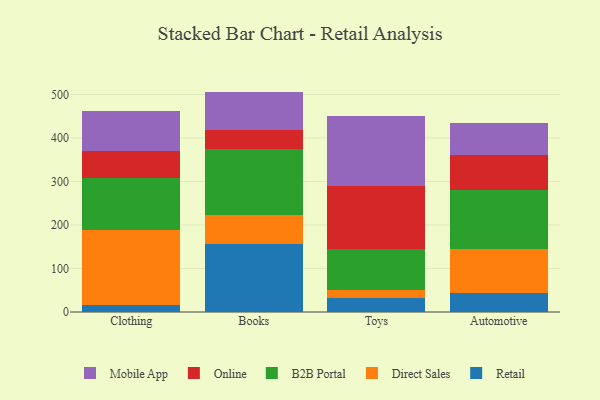
{"axis": {"x": "Category", "y": "Bounce Rate (%)"}, "legend": ["B2B Portal", "Direct Sales", "Mobile App", "Online", "Retail"], "data": [{"x": "Clothing", "y": 16.8, "type": "Retail"}, {"x": "Clothing", "y": 171.8, "type": "Direct Sales"}, {"x": "Clothing", "y": 120.2, "type": "B2B Portal"}, {"x": "Clothing", "y": 60.9, "type": "Online"}, {"x": "Clothing", "y": 93.3, "type": "Mobile App"}, {"x": "Books", "y": 155.8, "type": "Retail"}, {"x": "Books", "y": 68.1, "type": "Direct Sales"}, {"x": "Books", "y": 149.7, "type": "B2B Portal"}, {"x": "Books", "y": 44.6, "type": "Online"}, {"x": "Books", "y": 88.5, "type": "Mobile App"}, {"x": "Toys", "y": 33.3, "type": "Retail"}, {"x": "Toys", "y": 16.7, "type": "Direct Sales"}, {"x": "Toys", "y": 94.3, "type": "B2B Portal"}, {"x": "Toys", "y": 144.4, "type": "Online"}, {"x": "Toys", "y": 161.5, "type": "Mobile App"}, {"x": "Automotive", "y": 44.7, "type": "Retail"}, {"x": "Automotive", "y": 100.6, "type": "Direct Sales"}, {"x": "Automotive", "y": 135.3, "type": "B2B Portal"}, {"x": "Automotive", "y": 80.9, "type": "Online"}, {"x": "Automotive", "y": 74.0, "type": "Mobile App"}]}